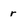
Character: r